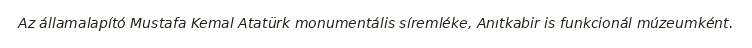
Az államalapító Mustafa Kemal Atatürk monumentális síremléke, Anıtkabir is funkcionál múzeumként.